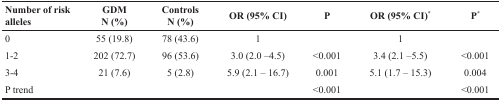
<table><thead><tr><td><b>Number of risk alleles</b></td><td><b>GDMN (%)</b></td><td><b>ControlsN (%)</b></td><td><b>OR (95% CI)</b></td><td><b>P</b></td><td><b>OR (95% CI)<sup>*</sup></b></td><td><b>P<sup>*</sup></b></td></tr></thead><tbody><tr><td>0</td><td>55 (19.8)</td><td>78 (43.6)</td><td>1</td><td></td><td>1</td><td></td></tr><tr><td>1-2</td><td>202 (72.7)</td><td>96 (53.6)</td><td>3.0 (2.0 –4.5)</td><td>&lt;0.001</td><td>3.4 (2.1 –5.5)</td><td>&lt;0.001</td></tr><tr><td>3-4</td><td>21 (7.6)</td><td>5 (2.8)</td><td>5.9 (2.1 – 16.7)</td><td>0.001</td><td>5.1 (1.7 – 15.3)</td><td>0.004</td></tr><tr><td>P trend</td><td></td><td></td><td></td><td>&lt;0.001</td><td></td><td>&lt;0.001</td></tr></tbody></table>